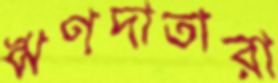
ঋণদাতারা